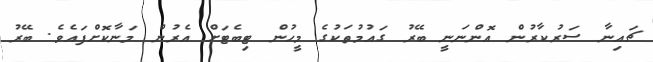
ޗައިނާ ސަރުކާރުން އޮންނަނީ ބޭރު ގައުމުތަކުގެ މީހުން ޓިބެޓަށް އެރުން މަނާކޮށްފައެވެ. ބޭރު